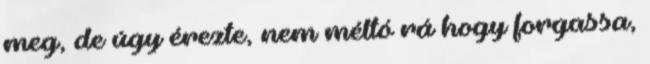
meg, de úgy érezte, nem méltó rá hogy forgassa,